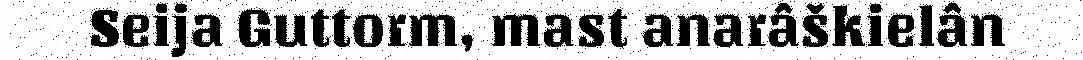
Seija Guttorm, mast anarâškielân